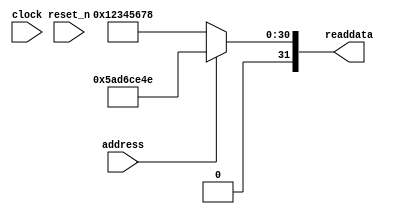
// This program was cloned from: https://github.com/cxdzyq1110/posture_recognition_CNN
// License: GNU General Public License v3.0

//Legal Notice: (C)2010 Altera Corporation. All rights reserved.  Your
//use of Altera Corporation's design tools, logic functions and other
//software and tools, and its AMPP partner logic functions, and any
//output files any of the foregoing (including device programming or
//simulation files), and any associated documentation or information are
//expressly subject to the terms and conditions of the Altera Program
//License Subscription Agreement or other applicable license agreement,
//including, without limitation, that your use is for the sole purpose
//of programming logic devices manufactured by Altera and sold by Altera
//or its authorized distributors.  Please refer to the applicable
//agreement for further details.

// synthesis translate_off
`timescale 1ns / 1ps
// synthesis translate_on

// turn off superfluous verilog processor warnings 
// altera message_level Level1 
// altera message_off 10034 10035 10036 10037 10230 10240 10030 

module soc_system_sysid_qsys_0 (
               // inputs:
                address,
                clock,
                reset_n,

               // outputs:
                readdata
             )
;

  output  [ 31: 0] readdata;
  input            address;
  input            clock;
  input            reset_n;

  wire    [ 31: 0] readdata;
  //control_slave, which is an e_avalon_slave
  assign readdata = address ? 1524026958 : 305419896;

endmodule